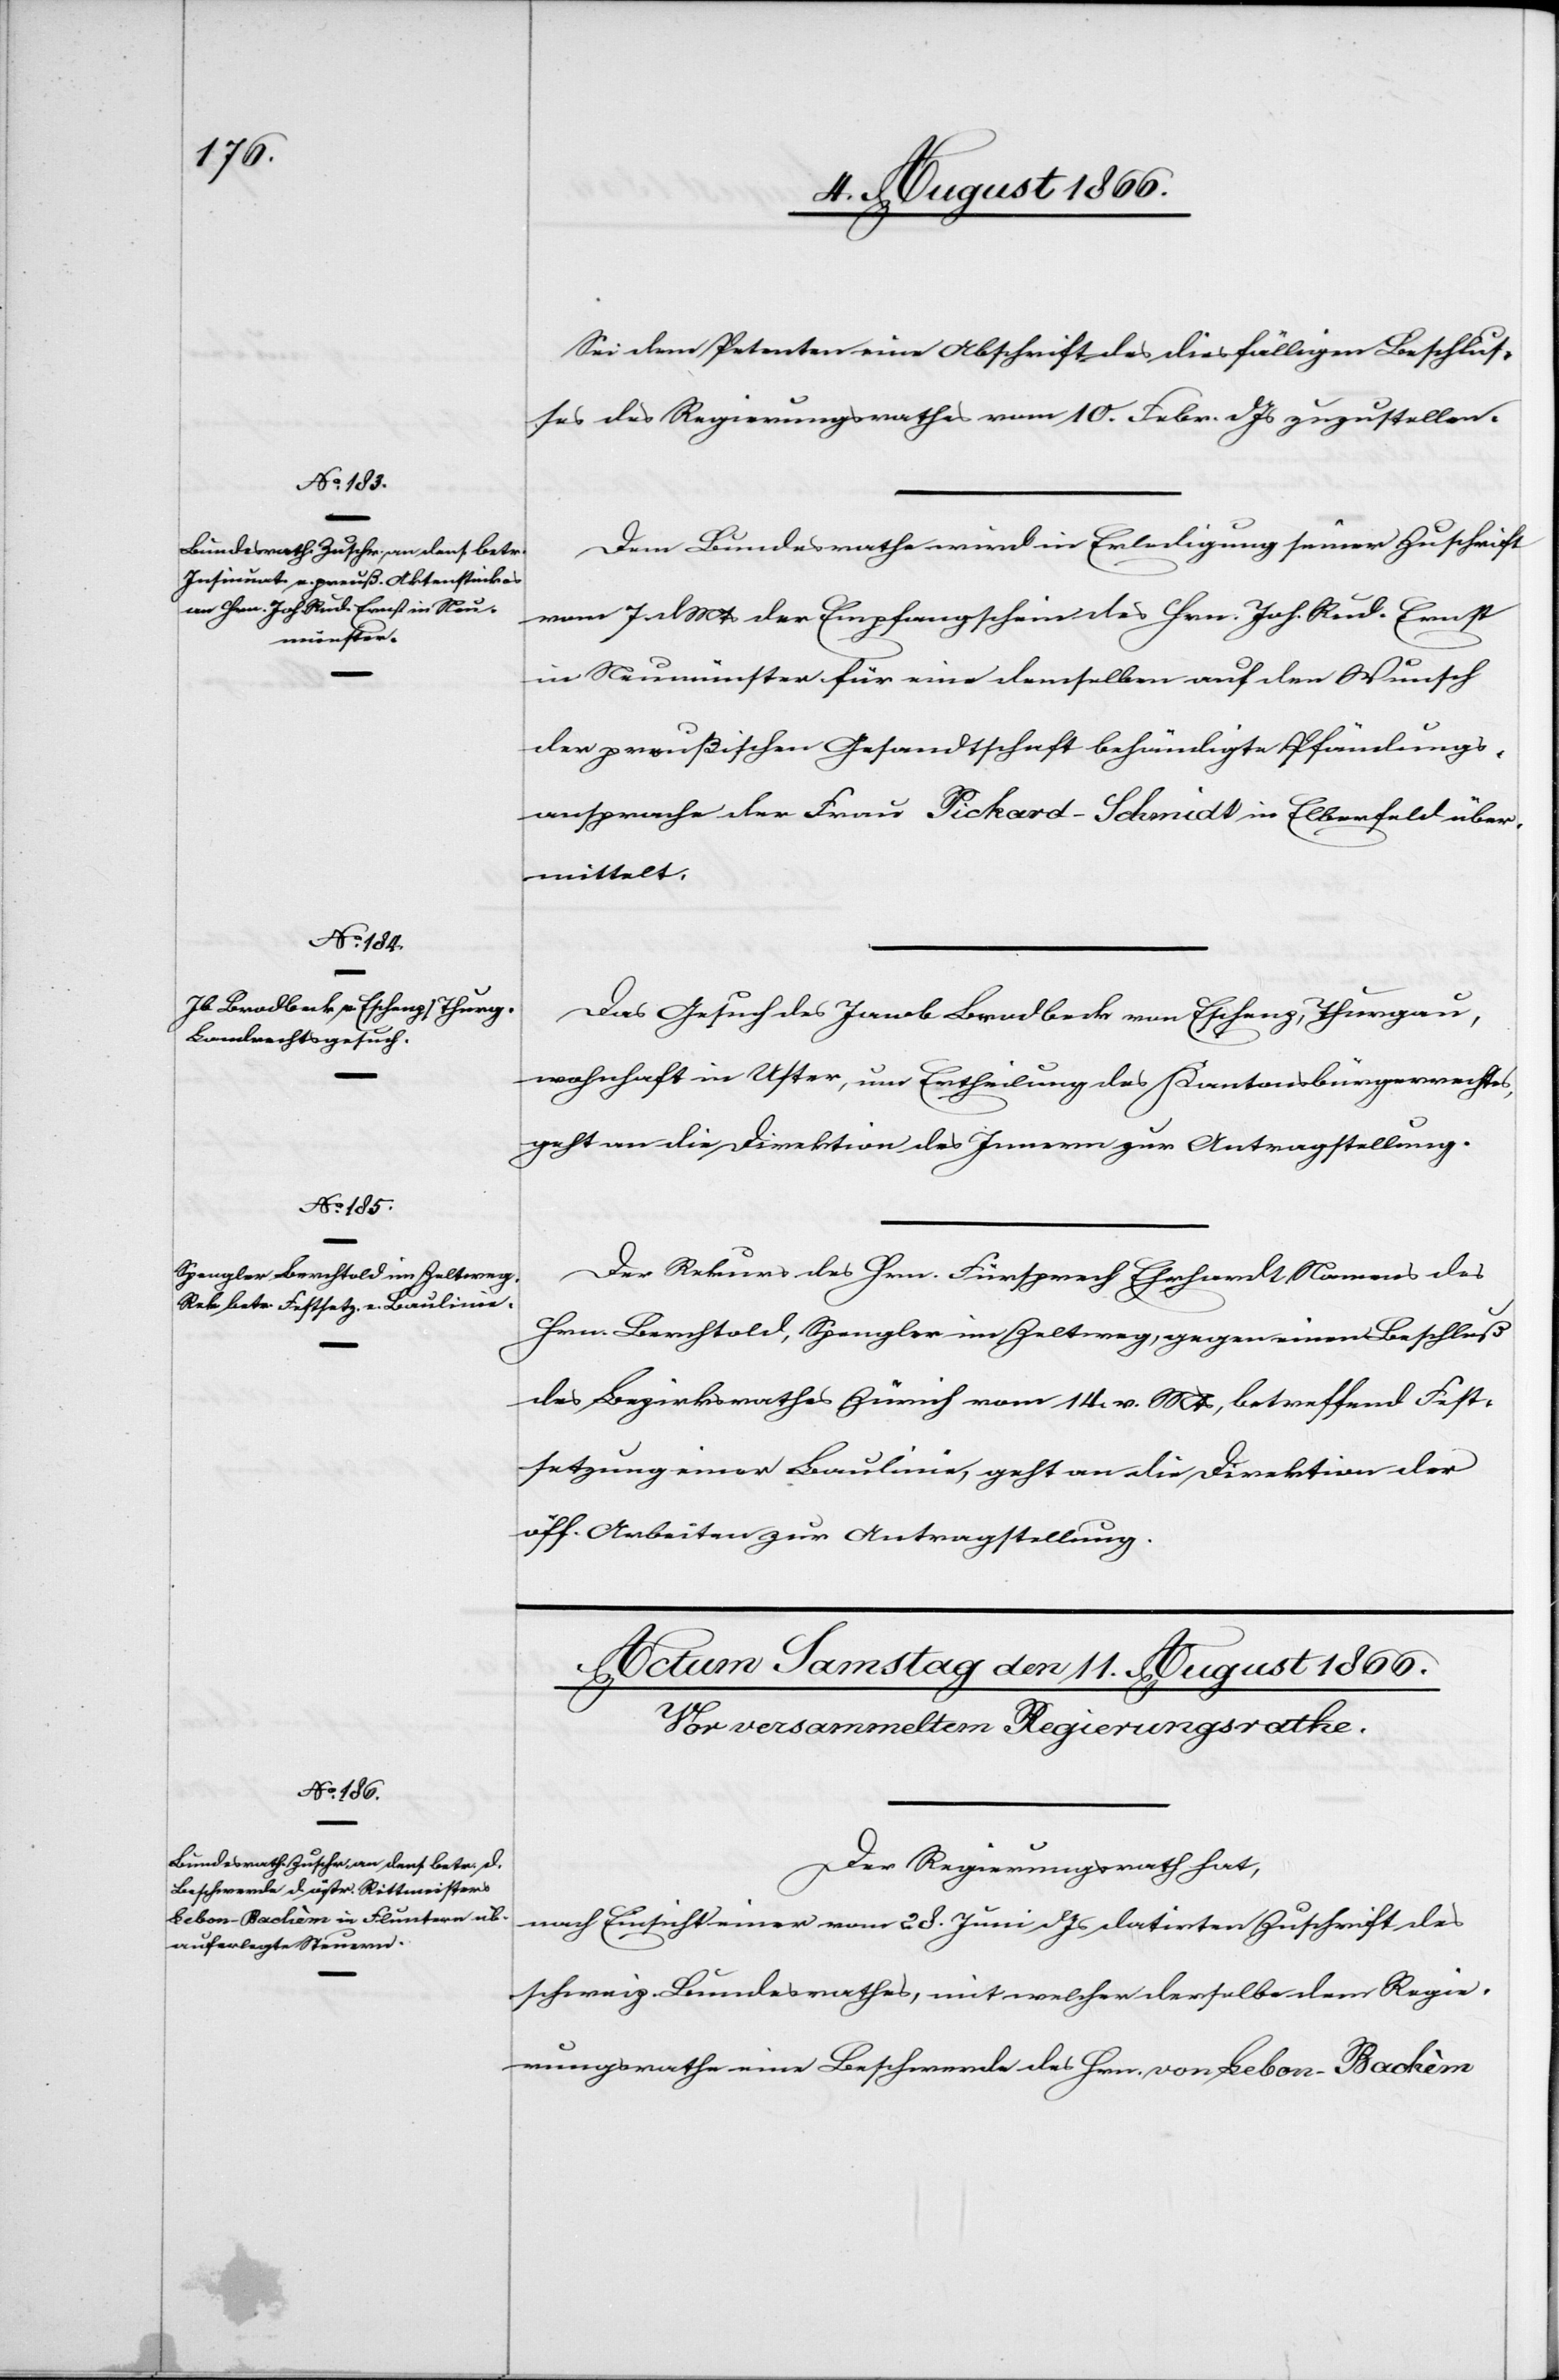
10. August 1866.]
Sei dem Petenten eine Abschrift des diesfälligen Beschlus¬
ses des Regierungsrathes vom 10. Febr. dJs. zugestellt.
Dem Bundesrathe wird in Erledigung seiner Zuschrift
vom 7. dMts der Empfangschein des Hrn. Joh. Rud. Ernst
in Neumünster für eine demselben auf den Wunsch
der preußischen Gesandtschaft behändigte Pfändungs¬
ansprache der Frau Pickard-Schmidt in Elbenfeld über¬
mittelt.
Das Gesuch des Jacob Bradbeck von Eschenz, Thurgau,
wohnhaft in Uster, um Ertheilung des Kantonsbürgerrechtes,
geht an die Direktion des Innern zur Antragstellung.
Der Rekurs des Hrn. Fürsprech Ehrhardt Namens des
Hrn. Berchtold, Spengler im Zeltweg, gegen einen Beschluß
des Bezirksrathes Zürich vom 14. v. Mts., betreffend Fest¬
setzung einer Baulinie, geht an die Direktion der
öff. Arbeiten zur Antragstellung.
Der Regierungsrath hat,
nach Einsicht einer vom 28. Juni dJs datirten Zuschrift des
schweiz. Bundesrathes, mit welcher derselbe dem Regie¬
rungsrathe eine Beschwerde des Hrn. von Lebon-Backèm